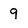
Character: 9